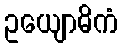
ဥယျောဓိကံ